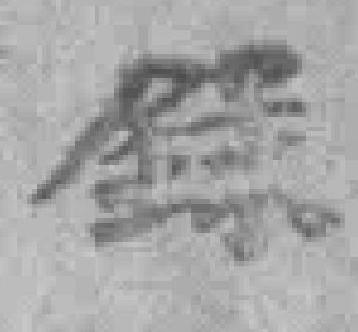
錄